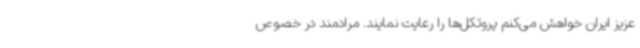
عزیز ایران خواهش می‌کنم پروتکل‌ها را رعایت نمایند. مرادمند در خصوص